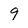
Character: 9